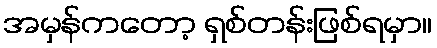
အမှန်ကတော့ ရှစ်တန်းဖြစ်ရမှာ။